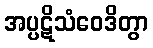
အပ္ပဋိသံဝေဒိတွာ